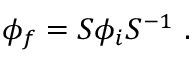
\phi _ { f } = S \phi _ { i } S ^ { - 1 } ~ .